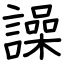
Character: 譟